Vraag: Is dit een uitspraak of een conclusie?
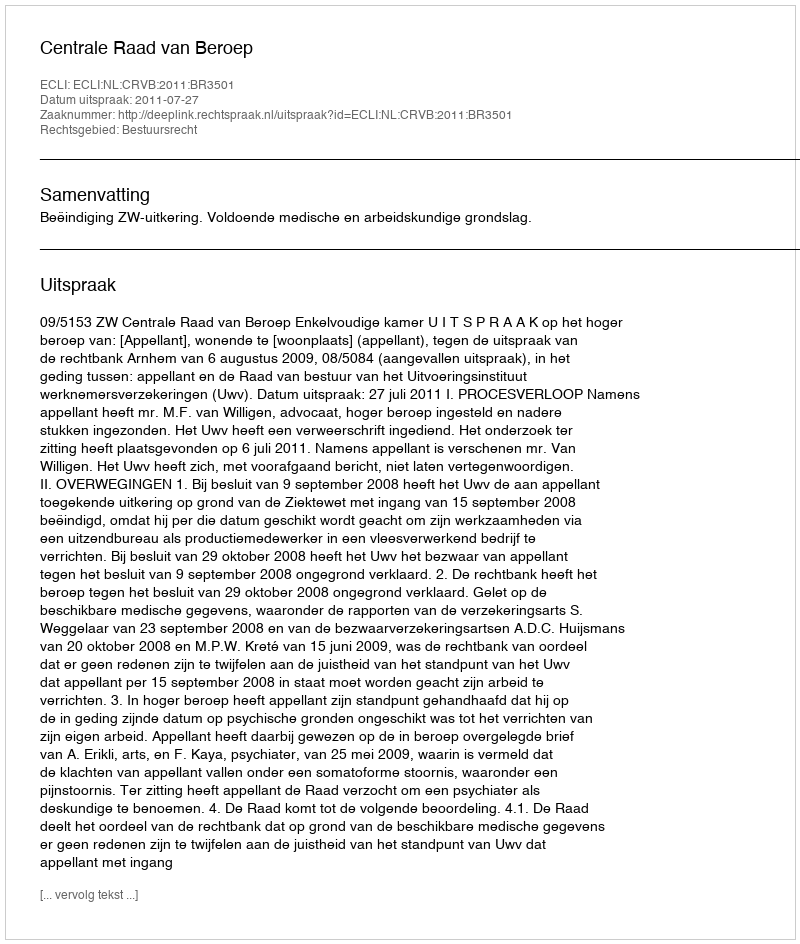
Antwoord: Uitspraak